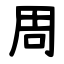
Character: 周